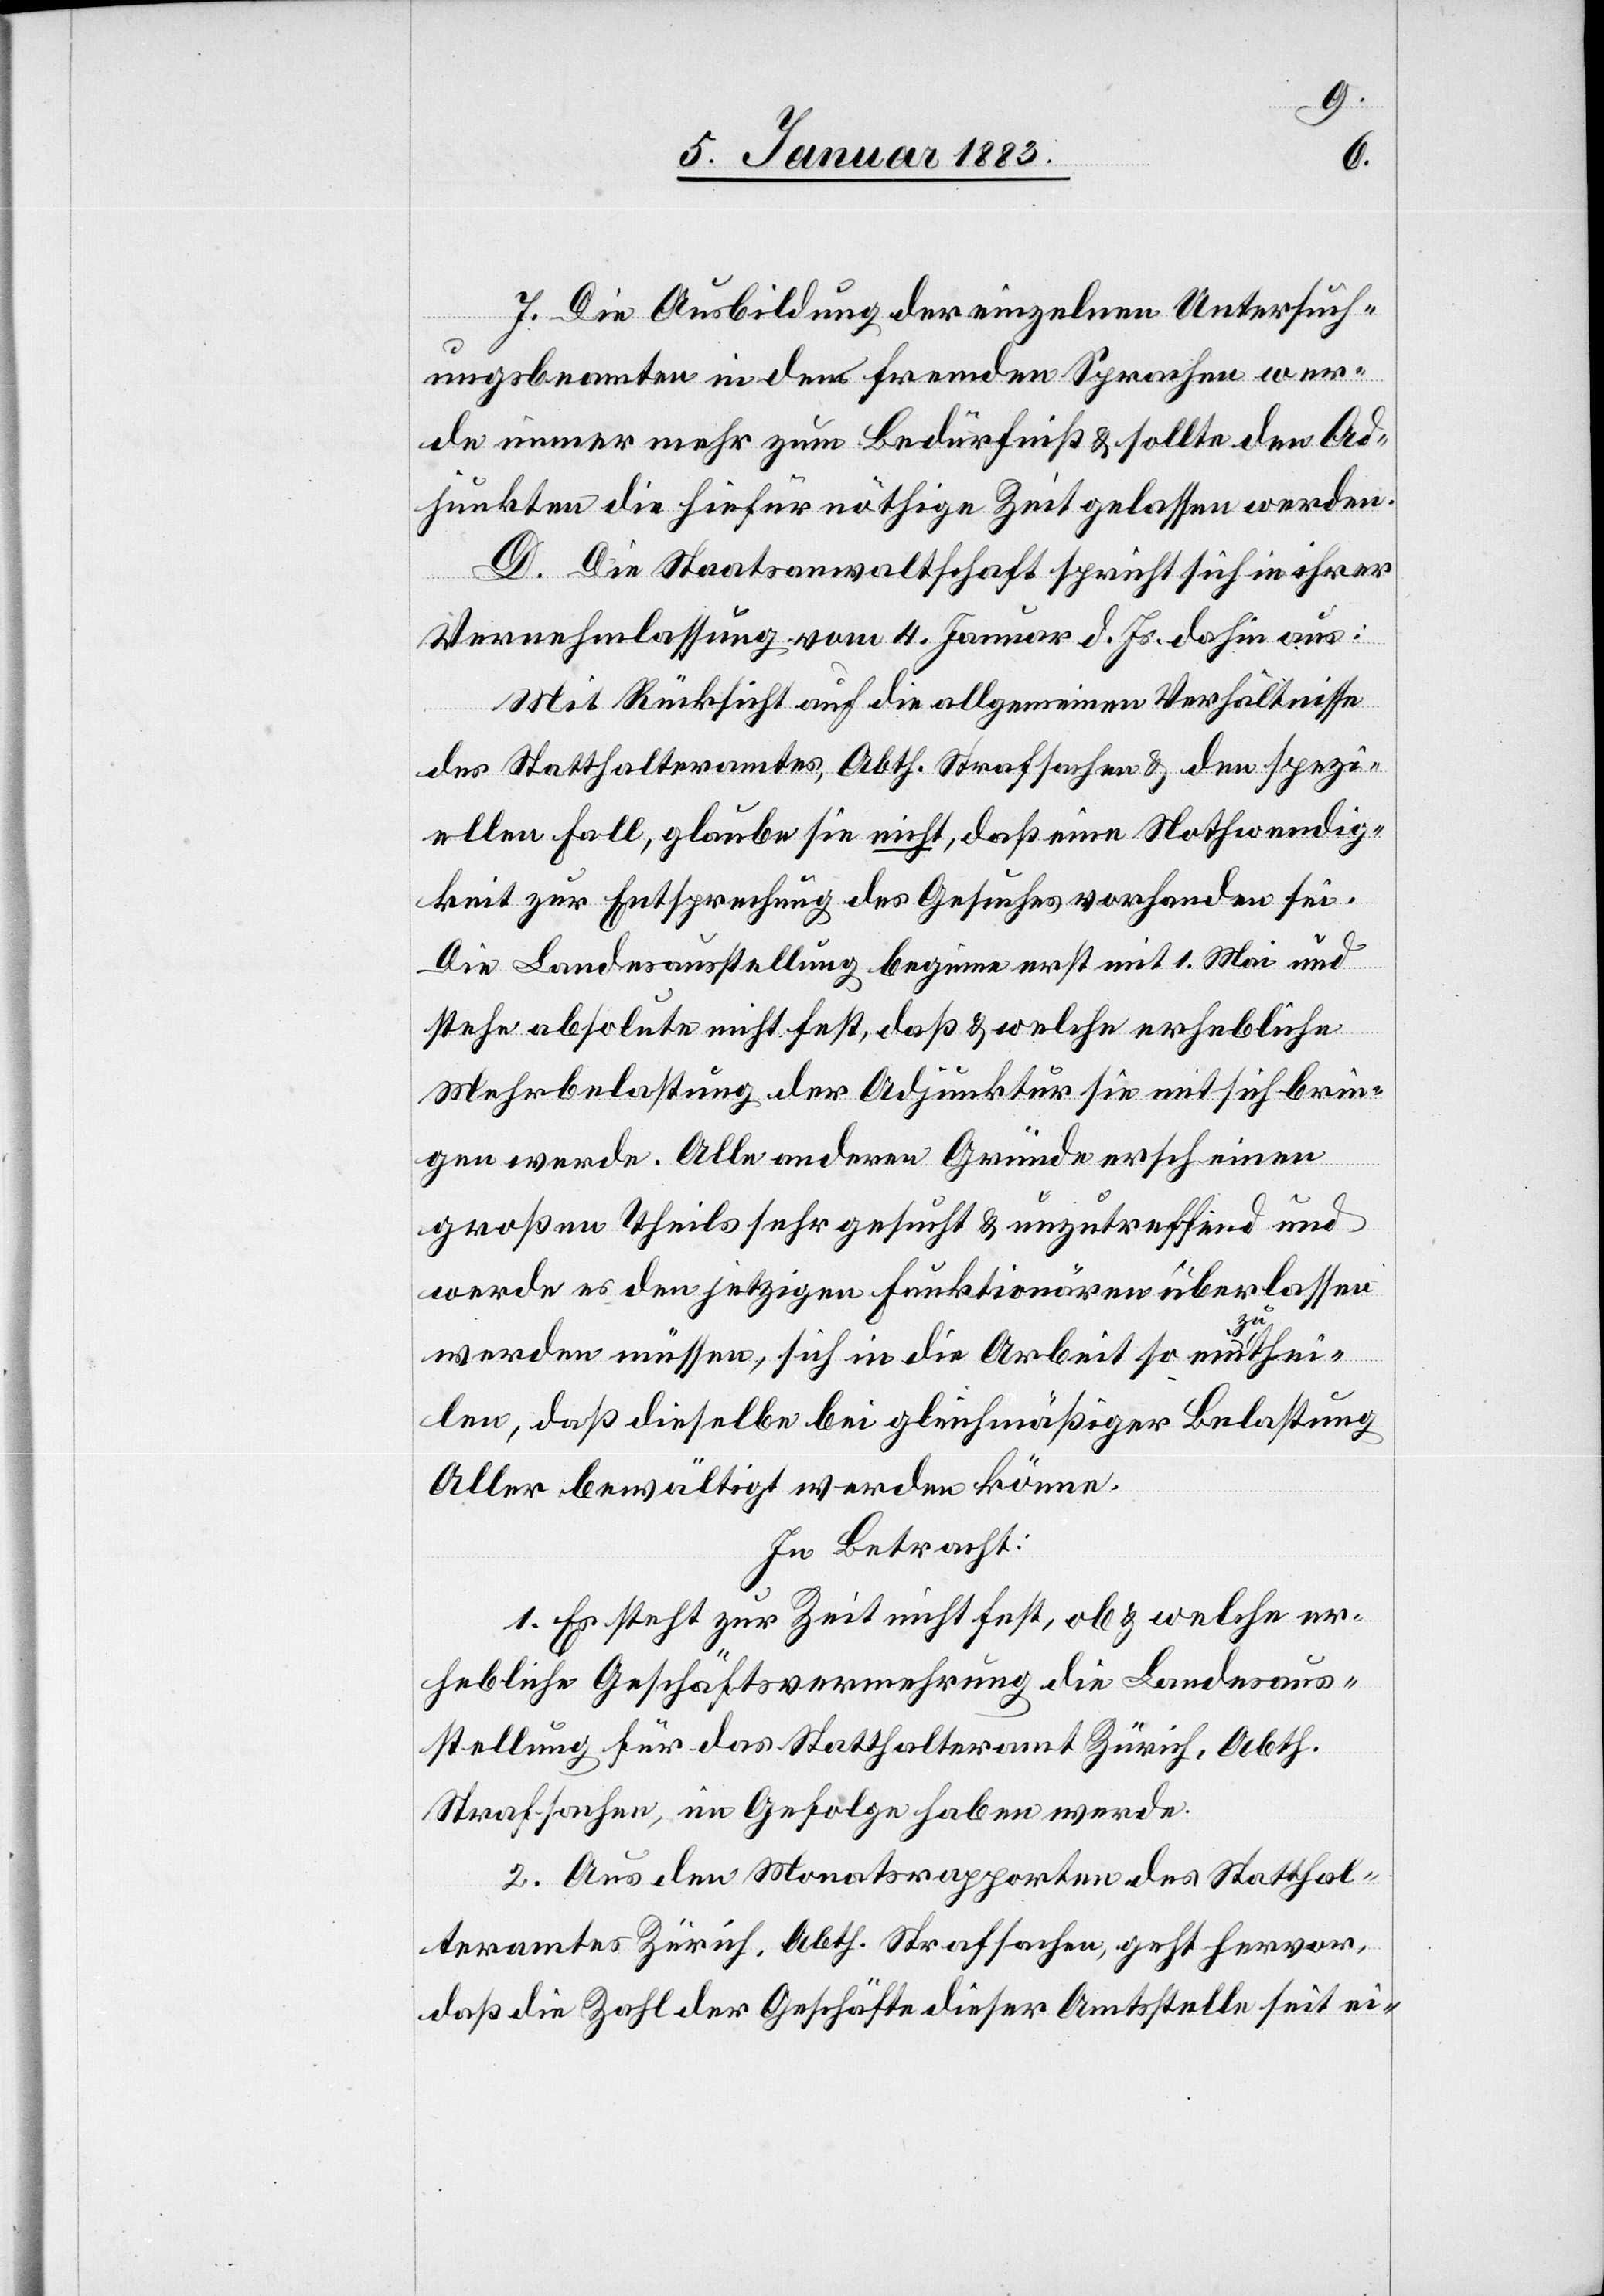
7. Die Ausbildung der einzelnen Untersuch¬
ungsbeamten in den fremden Sprachen wer¬
de immer mehr zum Bedürfniß & sollte den Ad¬
junkten hiefür die nöthige Zeit gelassen werden.
D. Die Staatsanwaltschaft spricht sich in ihrer
Vernehmlassung vom 4. Januar d. Js. dahin aus:
Mit Rücksicht auf die allgemeinen Verhältnisse
des Statthalteramtes, Abth. Strafsachen & den spezi¬
ellen Fall, glaube sie nicht, daß eine Nothwendig¬
keit zur Entsprechung des Gesuches vorhanden sei.
Die Landesausstellung beginne erst mit 1. Mai und
stehe absolute [sic!] nicht fest, daß & welche erhebliche
Mehrbelastung der Adjunktur sie mit sich brin¬
gen werde. Alle anderen Gründe erscheinen
großen Theils sehr gesucht & unzutreffend und
werde es den jetzigen Funktionären überlassen
werden müssen, sich in die Arbeit so einzuthei¬
len, daß dieselbe bei gleichmäßiger Belastung
Aller bewältigt werden könne.
In Betracht:
1. Es steht zur Zeit nicht fest, ob & welche er¬
hebliche Geschäftsvermehrung die Landesaus¬
stellung für das Statthalteramt Zürich, Abth.
Strafsachen, im Gefolge haben werde.
2. Aus den Monatsrapporten des Statthal¬
teramtes Zürich, Abth. Strafsachen, geht hervor,
daß die Zahl der Geschäfte dieser Amtsstelle seit ei-